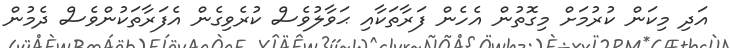
އަދި މިކަން ކުރުމަށް މިގޮތުން އެހެން ފަރާތަކާއި ޙަވާލުވެސް ކުރެވިގެން އެފަރާތަކުންވެސް ދެމުން